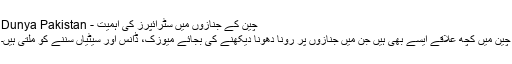
چین کے جنازوں میں سٹرائپرز کی اہمیت - Dunya Pakistan
چین میں کچھ علاقے ایسے بھی ہیں جن میں جنازوں پر رونا دھونا دیکھنے کی بجائے میوزک، ڈانس اور سیٹیاں سننے کو ملتی ہیں۔